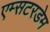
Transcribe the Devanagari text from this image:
एम्सटरडेम